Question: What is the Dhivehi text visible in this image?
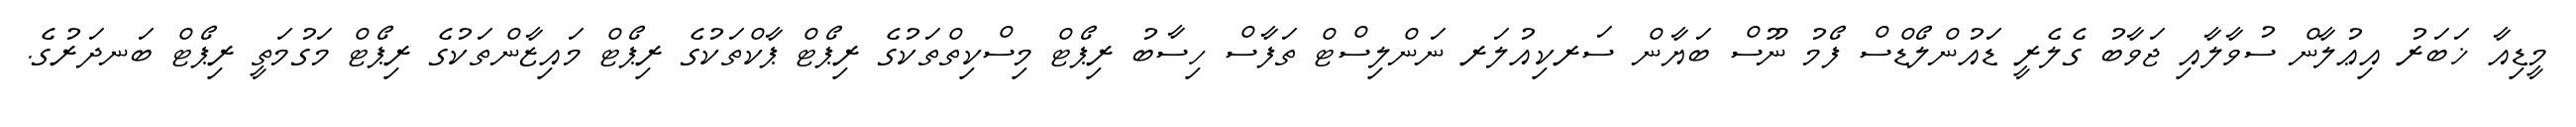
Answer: މީޑިއާ ޚަބަރު އިޢުލާން ސުވާލާއި ޖަވާބު ގެލެރީ ޑައުންލޯޑްސް ފޯމު ނޫސް ބަޔާން ސަރކިއުލަރ ނަންލިސްޓް ތަފާސް ހިސާބު ރިޕޯޓް މިސްކިތްތަކުގެ ރިޕޯޓް ޕާކްތަކުގެ ރިޕޯޓް މައިޒާންތަކުގެ ރިޕޯޓް މަގުމަތީ ރިޕޯޓް ބަނދަރުގެ.